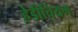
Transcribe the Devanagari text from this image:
हेडीचियम